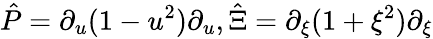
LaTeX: \hat{P}=\partial_{u}(1-u^{2})\partial_{u},\hat{\Xi}=\partial_{\xi}(1+\xi^{2})\partial_{\xi}